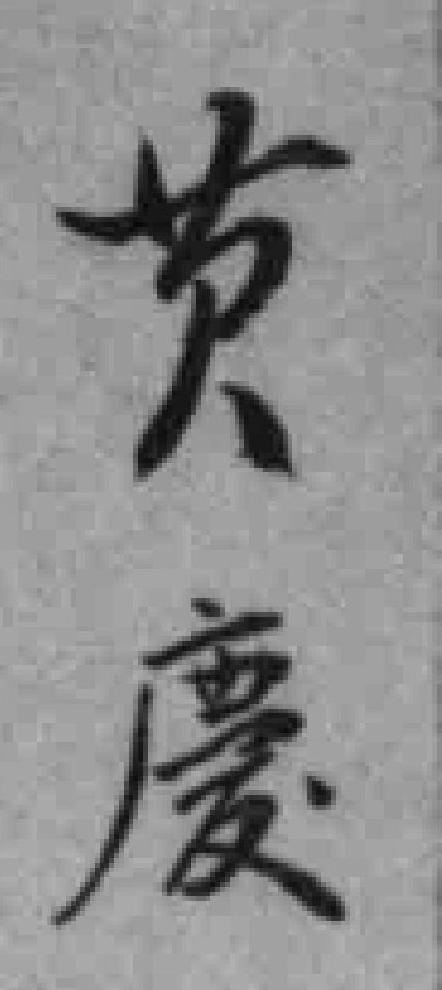
黄慶